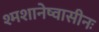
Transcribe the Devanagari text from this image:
श्मशानेष्वासीनः